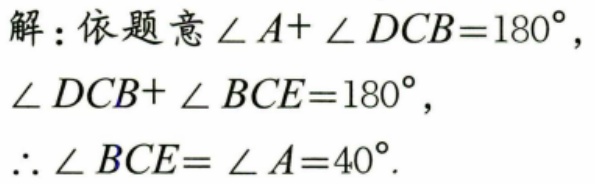
解：依题意\(\angle A+\angle DCB = 180^{\circ}\)，
\(\angle DCB+\angle BCE = 180^{\circ}\)，
\(\therefore\angle BCE=\angle A = 40^{\circ}\).